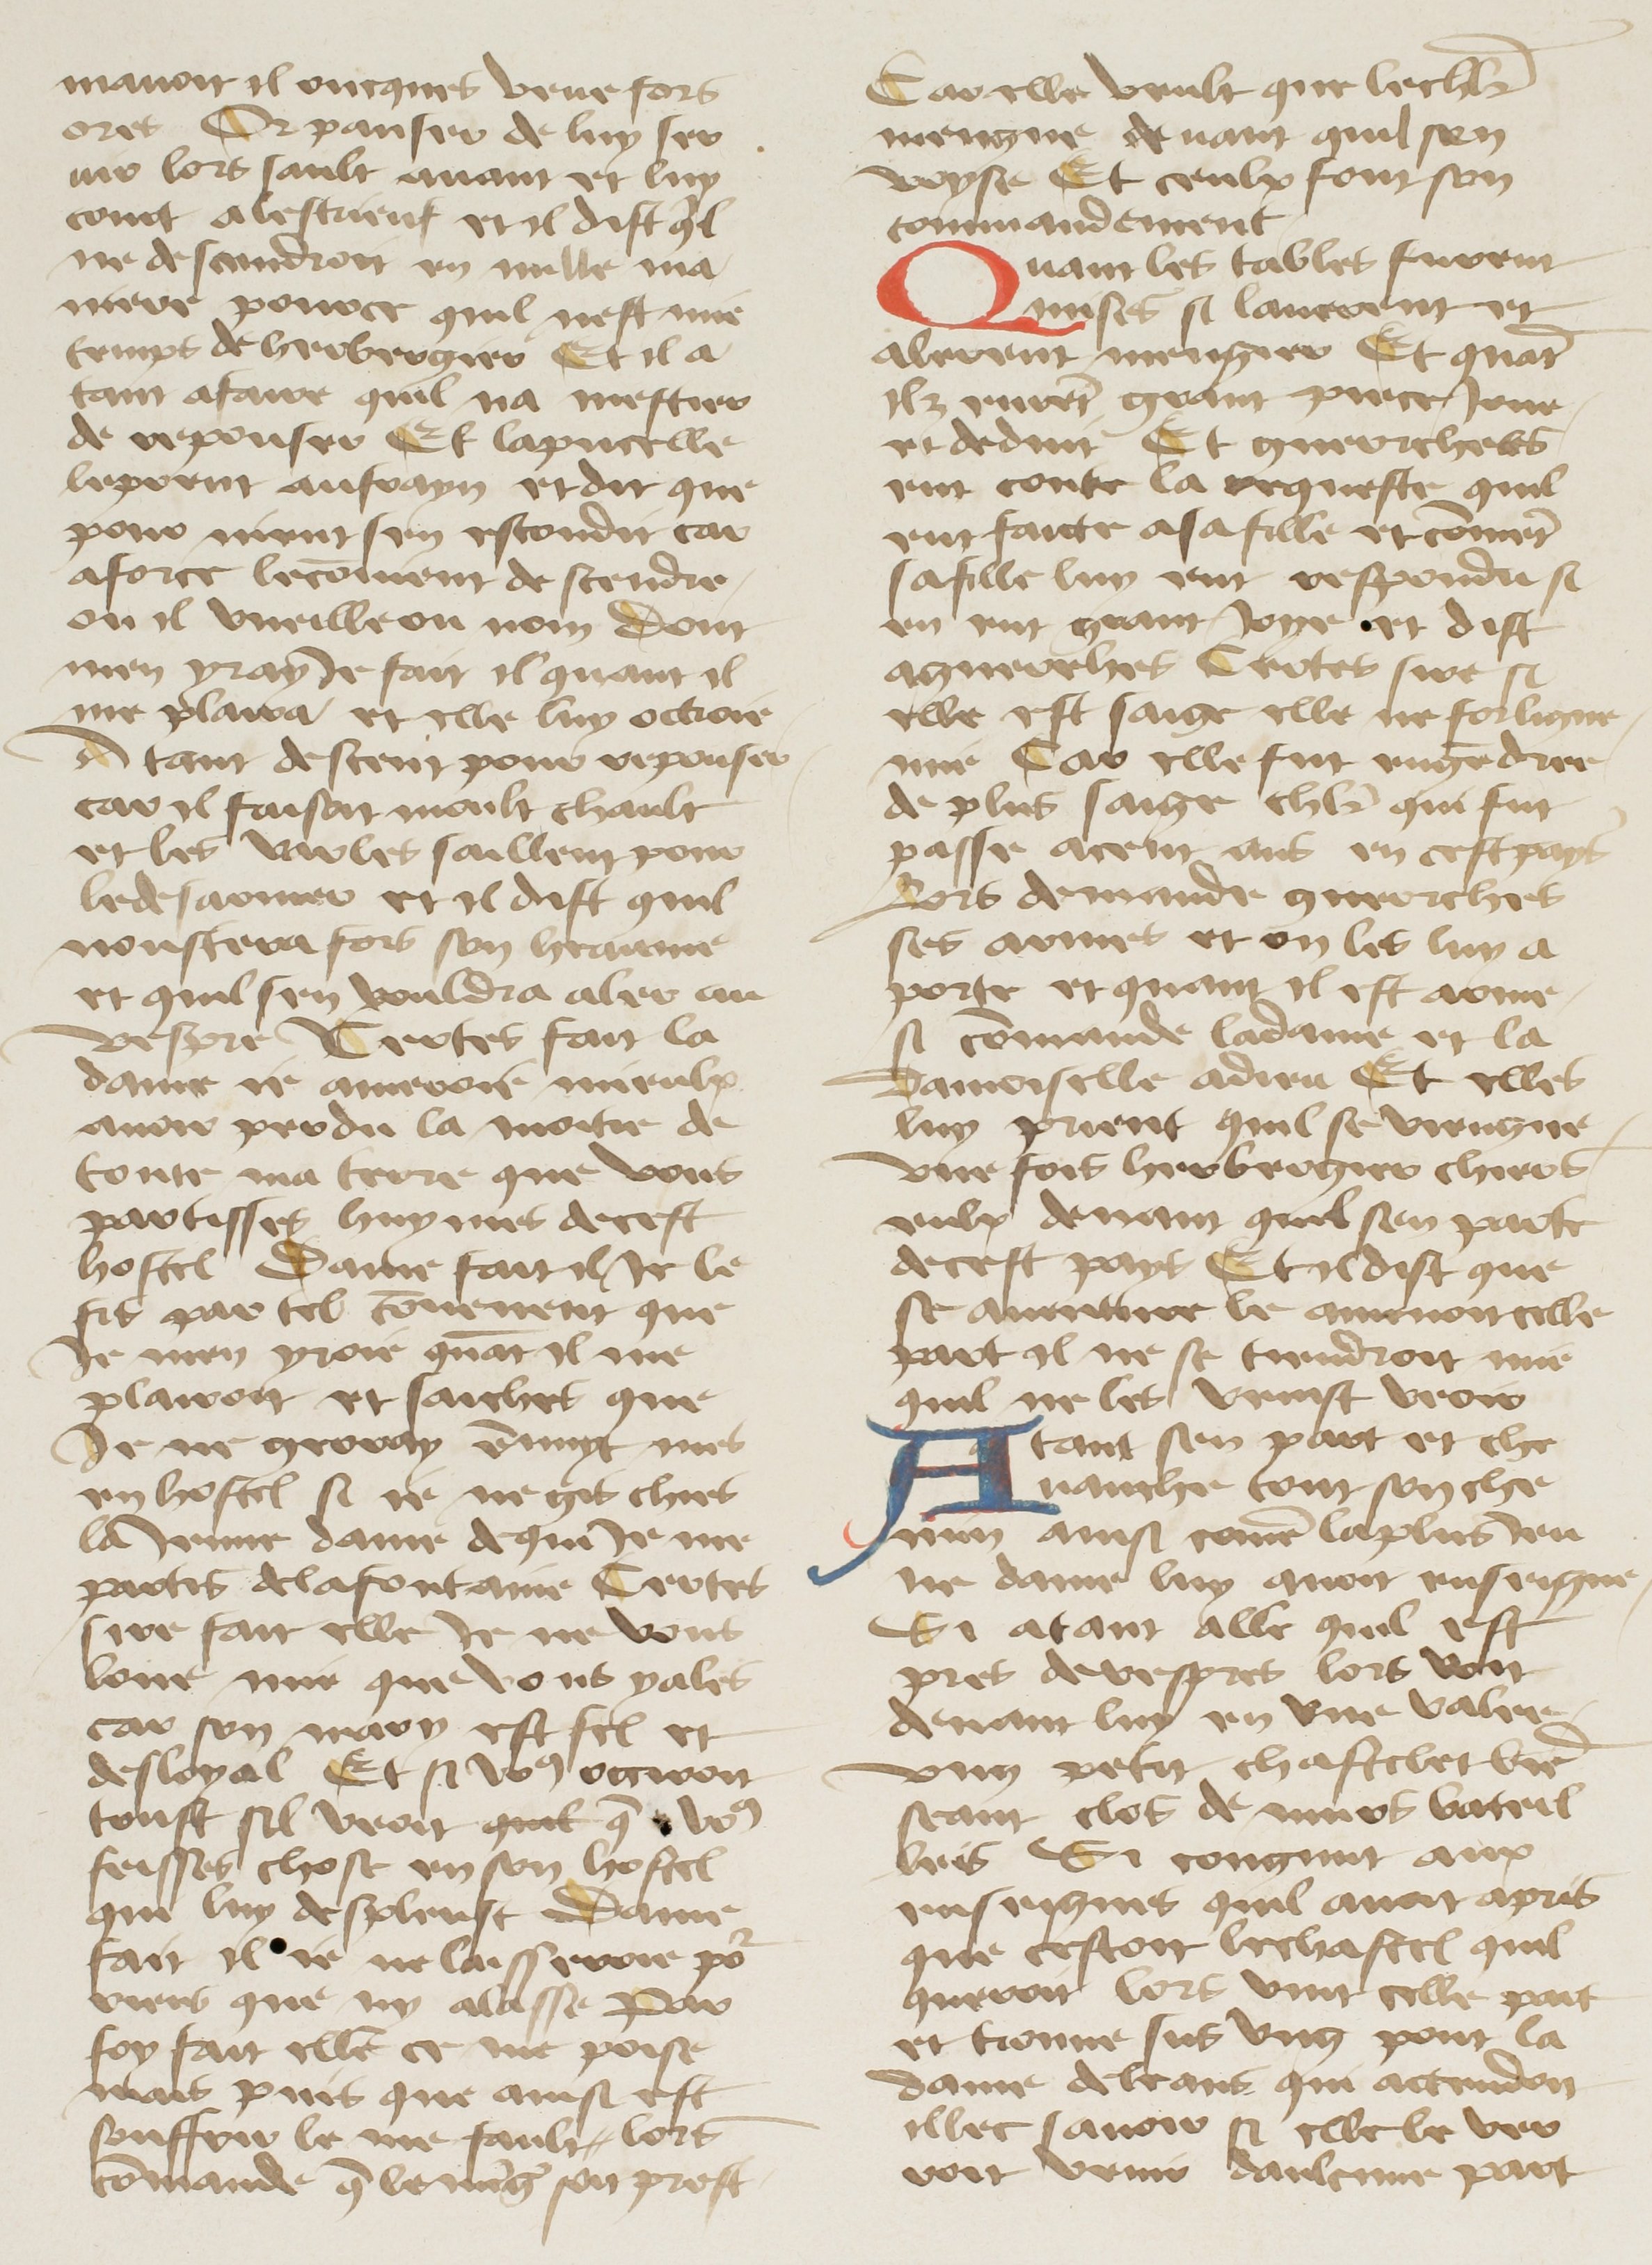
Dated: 1400–1499